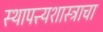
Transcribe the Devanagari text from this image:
स्थापत्त्यशास्त्राचा